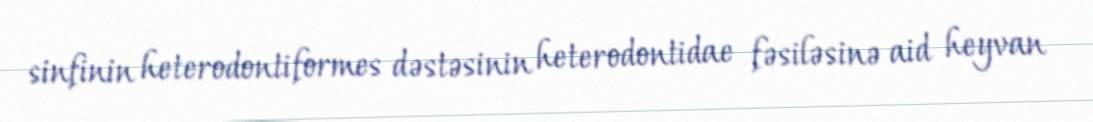
sinfinin heterodontiformes dəstəsinin heterodontidae fəsiləsinə aid heyvan